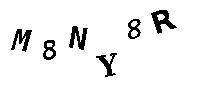
M8NY8R